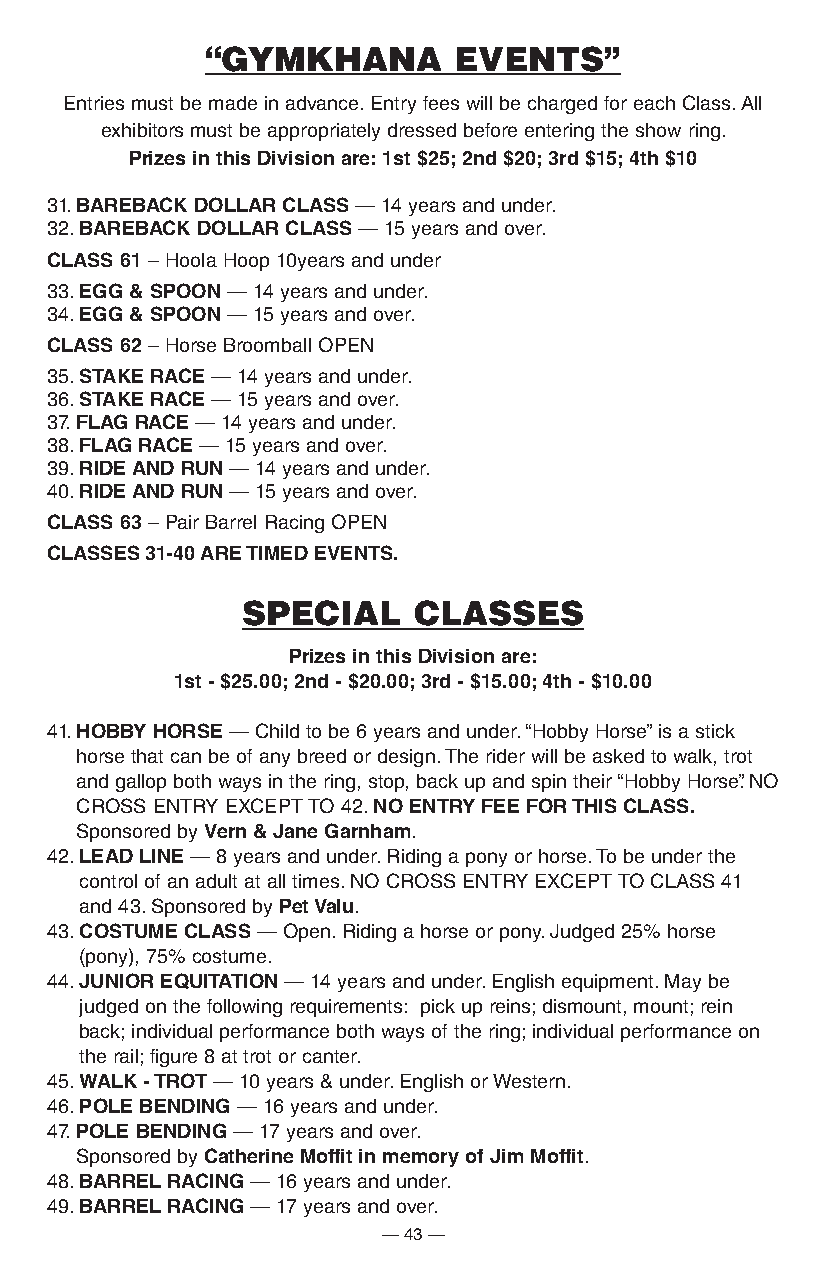
“GYMKHANA       EVENTS”
 Entries must be made in advance. Entry fees will be charged for each Class. All
 exhibitors must be appropriately dressed before entering the show ring.
 prizes in this Division are: 1st $25; 2nd $20; 3rd $15; 4th $10
 31. BareBacK Dollar claSS — 14 years and under.
 32. BareBacK Dollar claSS — 15 years and over.
 claSS 61 – Hoola Hoop 10years and under
 33. eGG & Spoon — 14 years and under.
 34. eGG & Spoon — 15 years and over.
 claSS 62 – Horse Broomball OPEN
 35. StaKe race — 14 years and under.
 36. StaKe race — 15 years and over.
 37. FlaG race — 14 years and under.
 38. FlaG race — 15 years and over.
 39. riDe anD rUn — 14 years and under.
 40. riDe anD rUn — 15 years and over.
 claSS 63 – Pair Barrel Racing OPEN
 claSSeS 31-40 are tiMeD eventS.
 SPECIAL    CLASSES
 prizes in this Division are:
 1st - $25.00; 2nd - $20.00; 3rd - $15.00; 4th - $10.00
 41. hoBBy horSe — Child to be 6 years and under. “Hobby Horse” is a stick
 horse that can be of any breed or design. The rider will be asked to walk, trot
 and gallop both ways in the ring, stop, back up and spin their “Hobby Horse”. NO
 CROSS ENTRY EXCEPT TO 42. no entry Fee For thiS claSS.
 Sponsored by vern & Jane Garnham.
 42. leaD line — 8 years and under. Riding a pony or horse. To be under the
 control of an adult at all times. NO CROSS ENTRY EXCEPT TO CLASS 41
 and 43. Sponsored by pet valu.
 43. coStUMe claSS — Open. Riding a horse or pony. Judged 25% horse
 (pony), 75% costume.
 44. JUnior eQUitation — 14 years and under. English equipment. May be
 judged on the following requirements: pick up reins; dismount, mount; rein
 back; individual performance both ways of the ring; individual performance on
 the rail; figure 8 at trot or canter.
 45. WalK - trot — 10 years & under. English or Western.
 46. pole BenDinG — 16 years and under.
 47. pole BenDinG — 17 years and over.
 Sponsored by catherine Moffit in memory of Jim Moffit.
 48. Barrel racinG — 16 years and under.
 49. Barrel racinG — 17 years and over.
 — 43 —